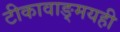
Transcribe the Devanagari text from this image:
टीकावाङ्‌मयही